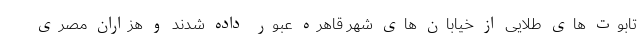
تابوت های طلایی از خیابان های شهر قاهره عبور داده شدند و هزاران مصری